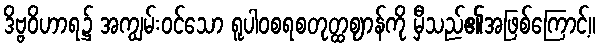
ဒိဗ္ဗဝိဟာရ၌ အကျွမ်းဝင်သော ရူပါဝစရစတုတ္ထဈာန်ကို မှီသည်၏အဖြစ်ကြောင့်။